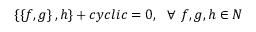
\left\{ \left\{ f , g \right\} , h \right\} + c y c l i c = 0 , ~ ~ \forall ~ f , g , h \in N